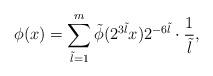
LaTeX: \begin{align*}\phi(x) = \sum_{\tilde l=1}^m \tilde \phi(2^{3\tilde l} x) 2^{-6\tilde l}\cdot \frac 1 {\tilde l},\end{align*}